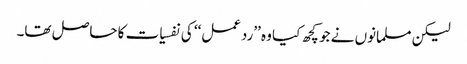
لیکن مسلمانوں نے جو کچھ کیا وہ ’’ردعمل‘‘ کی نفسیات کا حاصل تھا۔